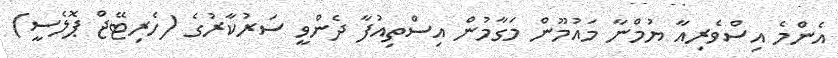
އެންމެ އިސްވެރިއާ ޔުމްނާ މައުމޫން މަގާމުން އިސްތިއުފާ ދެންވީ ސަރުކާރުގެ (ހެރިޓޭޖް ޕޮލެސީ)